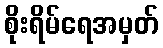
စိုးရိမ်ရေအမှတ်